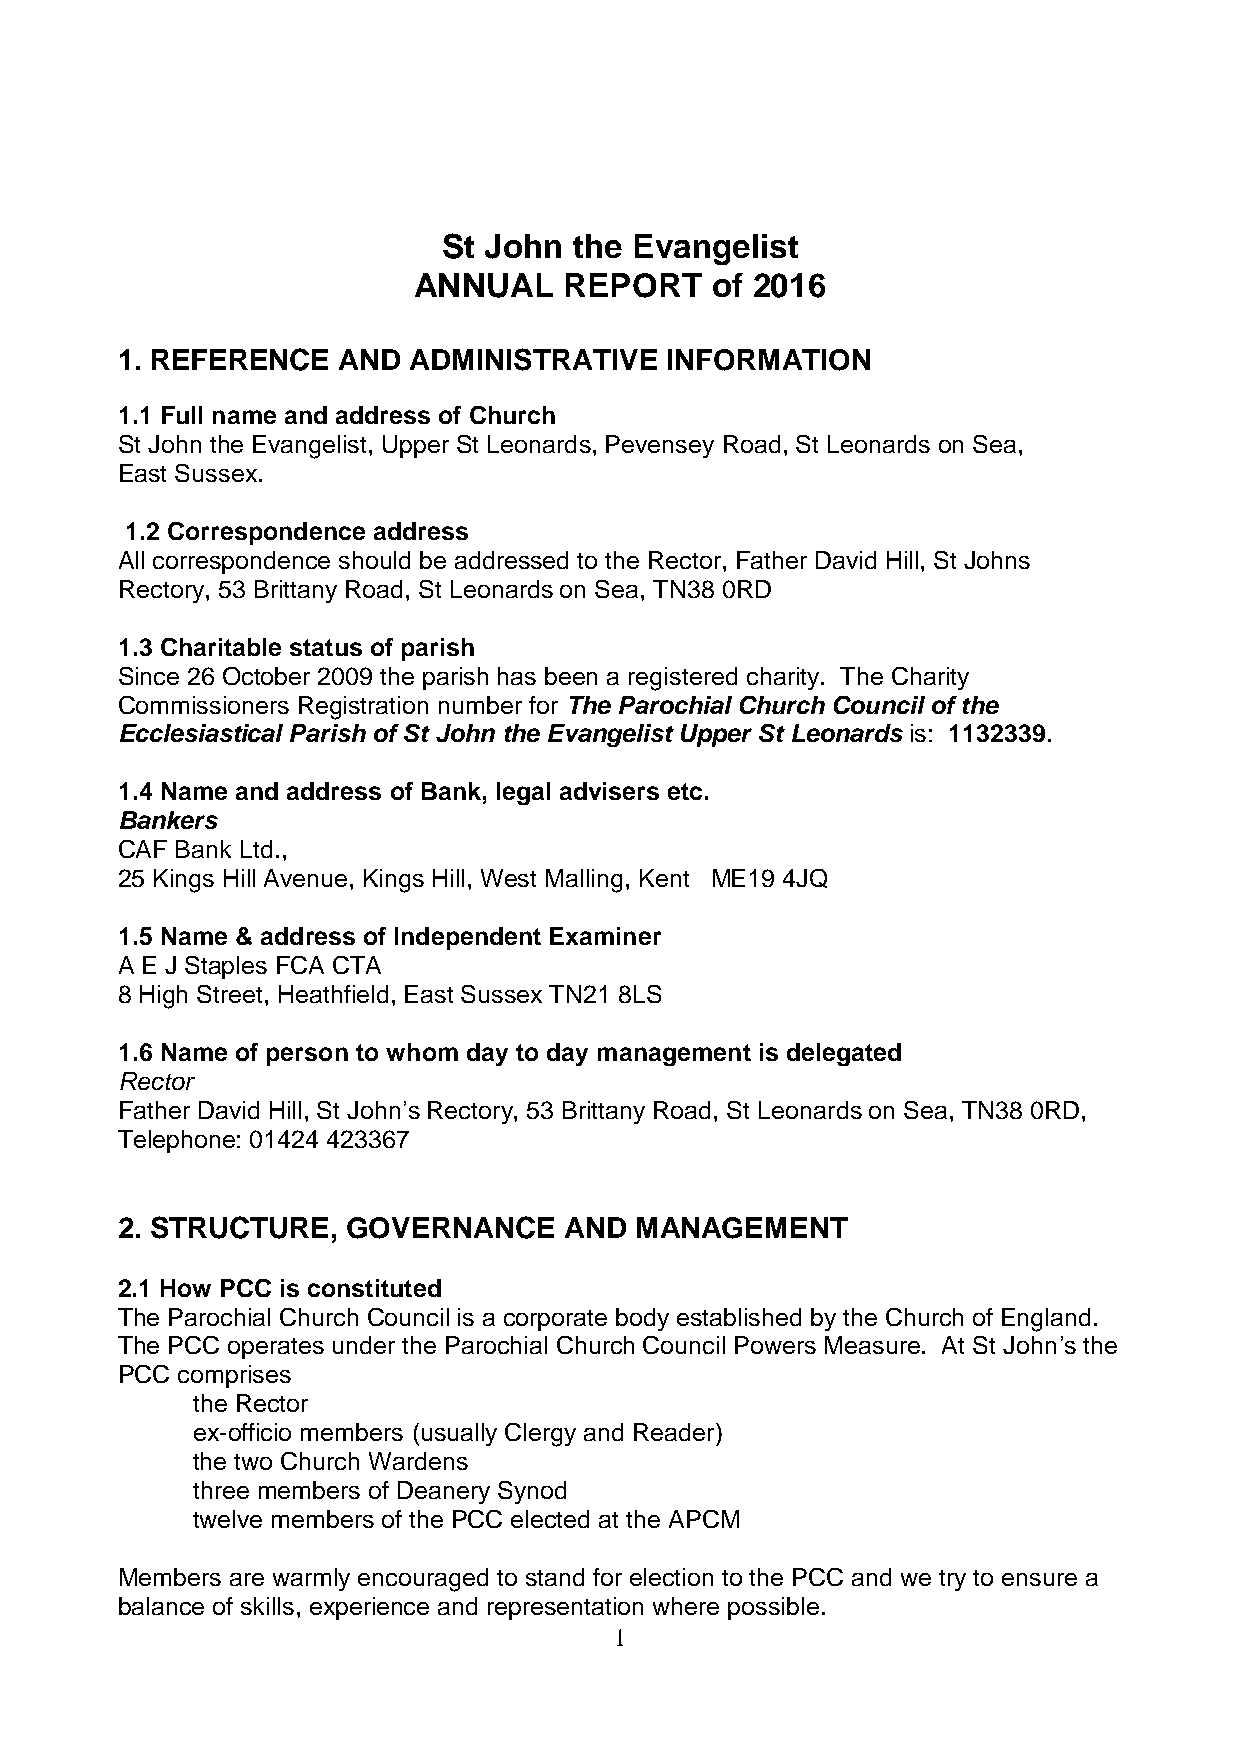
St John  the Evangelist
 ANNUAL    REPORT    of 2016
 1. REFERENCE  AND  ADMINISTRATIVE   INFORMATION
 1.1 Full name and address of Church
 St John the Evangelist, Upper St Leonards, Pevensey Road, St Leonards on Sea,
 East Sussex.
 1.2 Correspondence address
 All correspondence should be addressed to the Rector, Father David Hill, St Johns
 Rectory, 53 Brittany Road, St Leonards on Sea, TN38 0RD
 1.3 Charitable status of parish
 Since 26 October 2009 the parish has been a registered charity. The Charity
 Commissioners Registration number for The Parochial Church Council of the
 Ecclesiastical Parish of St John the Evangelist Upper St Leonards is: 1132339.
 1.4 Name and address of Bank, legal advisers etc.
 Bankers
 CAF Bank Ltd.,
 25 Kings Hill Avenue, Kings Hill, West Malling, Kent ME19 4JQ
 1.5 Name & address of Independent Examiner
 A E J Staples FCA CTA
 8 High Street, Heathfield, East Sussex TN21 8LS
 1.6 Name of person to whom day to day management is delegated
 Rector
 Father David Hill, St John’s Rectory, 53 Brittany Road, St Leonards on Sea, TN38 0RD,
 Telephone: 01424 423367
 2. STRUCTURE,  GOVERNANCE    AND  MANAGEMENT
 2.1 How PCC is constituted
 The Parochial Church Council is a corporate body established by the Church of England.
 The PCC operates under the Parochial Church Council Powers Measure. At St John’s the
 PCC comprises
 the Rector
 ex-officio members (usually Clergy and Reader)
 the two Church Wardens
 three members of Deanery Synod
 twelve members of the PCC elected at the APCM
 Members are warmly encouraged to stand for election to the PCC and we try to ensure a
 balance of skills, experience and representation where possible.
 1